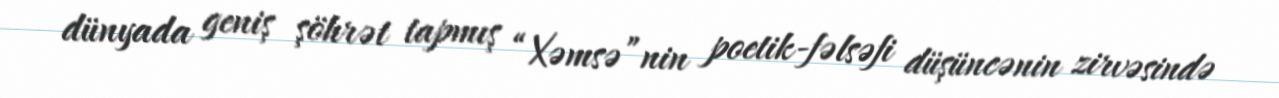
dünyada geniş şöhrət tapmış “Xəmsə”nin poetik-fəlsəfi düşüncənin zirvəsində